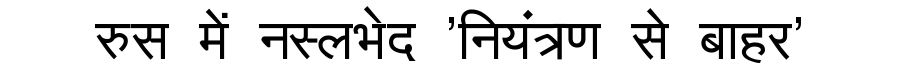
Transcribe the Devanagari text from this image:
रुस में नस्लभेद 'नियंत्रण से बाहर'